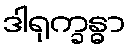
ဒါရုက္ခန္ဓာ